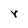
Character: r